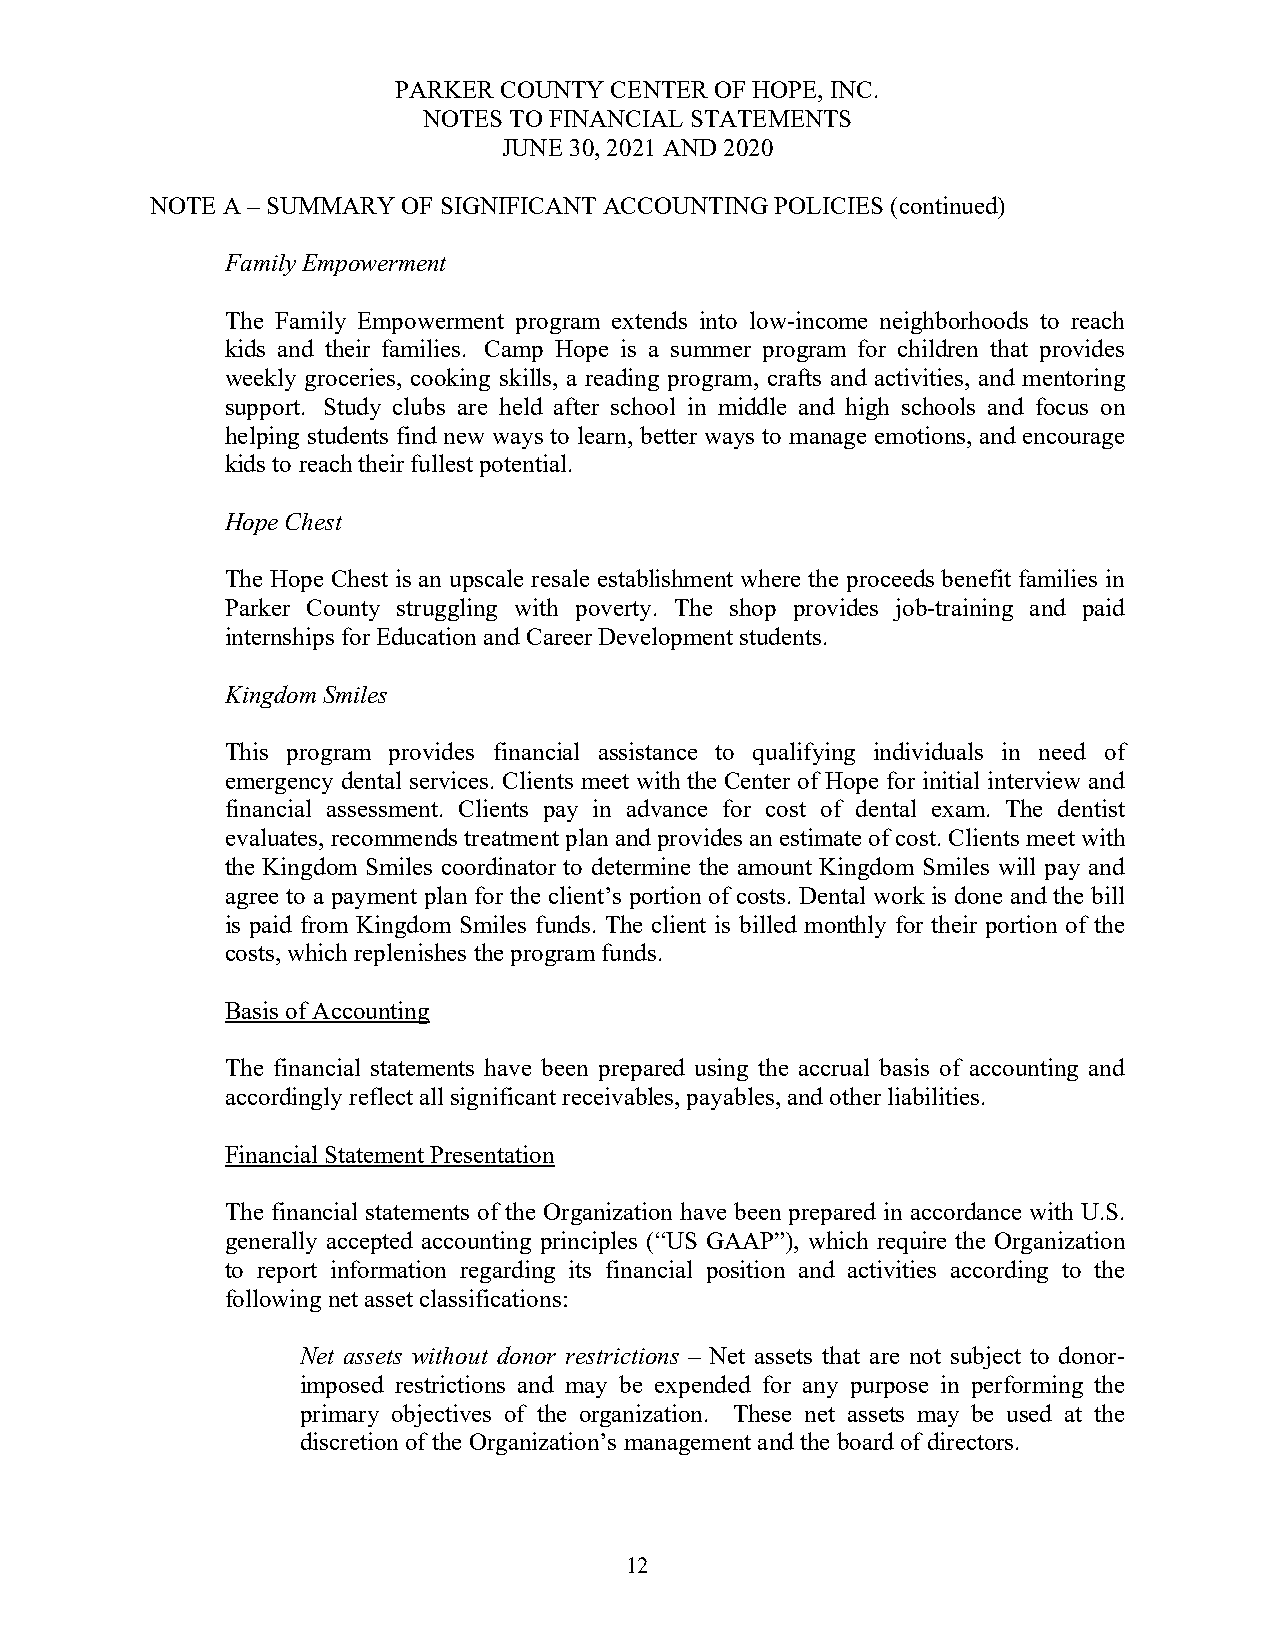
PARKER COUNTY CENTER OF HOPE, INC.
 NOTES TO FINANCIAL STATEMENTS
 JUNE 30, 2021 AND 2020
 NOTE A – SUMMARY OF SIGNIFICANT ACCOUNTING POLICIES (continued)
 Family Empowerment
 The Family Empowerment program extends into low-income neighborhoods to reach
 kids and their families. Camp Hope is a summer program for children that provides
 weekly groceries, cooking skills, a reading program, crafts and activities, and mentoring
 support. Study clubs are held after school in middle and high schools and focus on
 helping students find new ways to learn, better ways to manage emotions, and encourage
 kids to reach their fullest potential.
 Hope Chest
 The Hope Chest is an upscale resale establishment where the proceeds benefit families in
 Parker County struggling with poverty. The shop provides job-training and paid
 internships for Education and Career Development students.
 Kingdom Smiles
 This program provides financial assistance to qualifying individuals in need of
 emergency dental services. Clients meet with the Center of Hope for initial interview and
 financial assessment. Clients pay in advance for cost of dental exam. The dentist
 evaluates, recommends treatment plan and provides an estimate of cost. Clients meet with
 the Kingdom Smiles coordinator to determine the amount Kingdom Smiles will pay and
 agree to a payment plan for the client’s portion of costs. Dental work is done and the bill
 is paid from Kingdom Smiles funds. The client is billed monthly for their portion of the
 costs, which replenishes the program funds.
 Basis of Accounting
 The financial statements have been prepared using the accrual basis of accounting and
 accordingly reflect all significant receivables, payables, and other liabilities.
 Financial Statement Presentation
 The financial statements of the Organization have been prepared in accordance with U.S.
 generally accepted accounting principles (“US GAAP”), which require the Organization
 to report information regarding its financial position and activities according to the
 following net asset classifications:
 Net assets without donor restrictions – Net assets that are not subject to donor-
 imposed restrictions and may be expended for any purpose in performing the
 primary objectives of the organization. These net assets may be used at the
 discretion of the Organization’s management and the board of directors.
 12